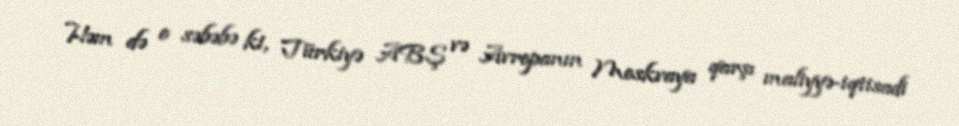
Həm də o səbəbə ki, Türkiyə ABŞ və Avropanın Moskvaya qarşı maliyyə-iqtisadi